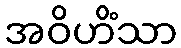
အဝိဟိံသာ